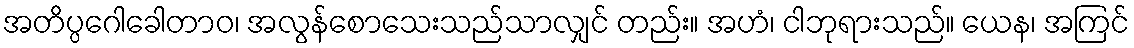
အတိပ္ပဂေါခေါတာဝ၊ အလွန်စောသေးသည်သာလျှင် တည်း။ အဟံ၊ ငါဘုရားသည်။ ယေန၊ အကြင်